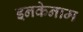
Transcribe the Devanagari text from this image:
इनकेनाम